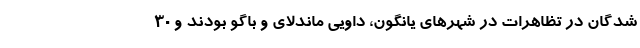
شدگان در تظاهرات در شهرهای یانگون، داویی ماندلای و باگو بودند و 30